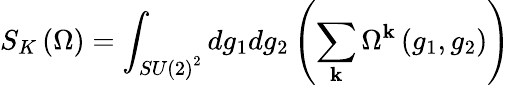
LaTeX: S_{K}\left(\Omega\right)=\int_{SU\left(2\right)^{2}}dg_{1}dg_{2}\left(\sum_{\mathbf{k}}\Omega^{\mathbf{k}}\left(g_{1},g_{2}\right)\right)